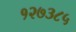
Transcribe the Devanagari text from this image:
१२७३८५